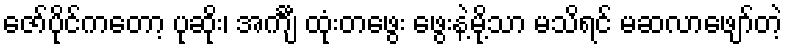
ဇော်ပိုင်ကတော့ ပုဆိုး၊ အင်္ကျီ ထုံးတဖွေး ဖွေးနဲ့မို့သာ မသိရင် မဆလာဖျော်တဲ့